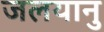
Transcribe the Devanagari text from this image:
जलयानु